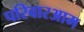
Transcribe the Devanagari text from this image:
परिवारआम